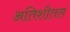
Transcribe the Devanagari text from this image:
अतिशीतल